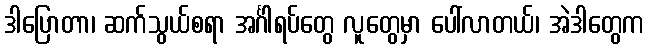
ဒါပြောတာ၊ ဆက်သွယ်စရာ အင်္ဂါရပ်တွေ လူတွေမှာ ပေါ်လာတယ်၊ အဲဒါတွေက